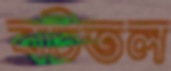
বটতল